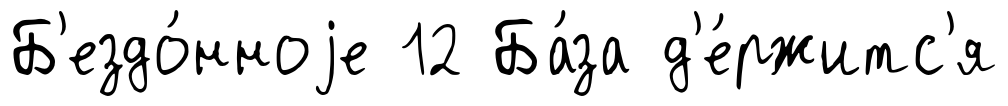
Б'ездо́нноjе 12 Ба́за д'е́ржитс'я